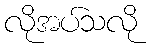
လိုအပ်သလို